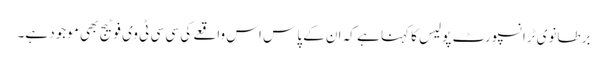
برطانوی ٹرانسپورٹ پولیس کا کہنا ہے کہ ان کے پاس اس واقعے کی سی سی ٹی وی فوٹیج بھی موجود ہے۔